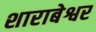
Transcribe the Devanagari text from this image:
शाराबेश्वर